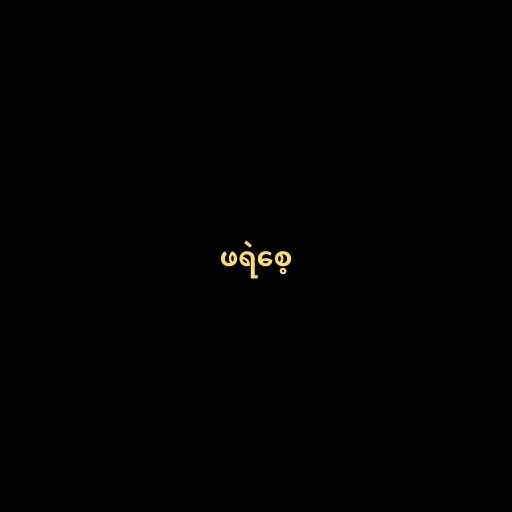
ဖရဲစေ့